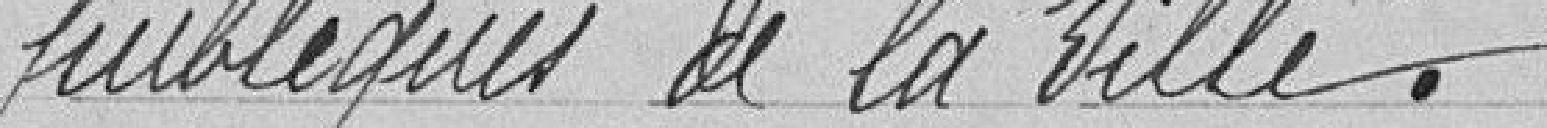
publiques de la ville.